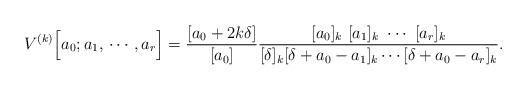
LaTeX: \begin{align*}V^{(k)}\Big[a_0; a_1,\, \cdots, a_r\Big]=\dfrac{[a_0+2k\delta]}{[a_0]}\dfrac{[a_0]_k\ [a_1]_k\ \cdots\ [a_r]_k}{[\delta]_k[\delta+a_0-a_1]_k\cdots[\delta+a_0-a_r]_k}. \end{align*}